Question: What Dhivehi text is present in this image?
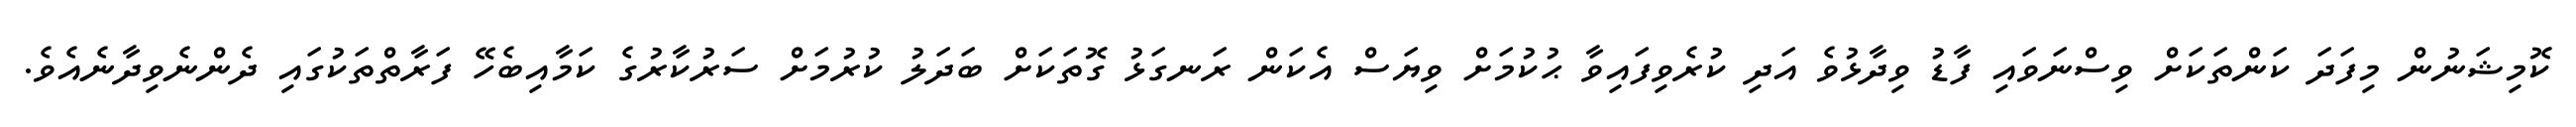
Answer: ކޮމިޝަނުން މިފަދަ ކަންތަކަށް ވިސްނަވައި ފާޑު ވިދާޅުވެ އަދި ކުރެވިފައިވާ ޙުކުމަށް ވިޔަސް އެކަން ރަނގަޅު ގޮތަކަށް ބަދަލު ކުރުމަށް ސަރުކާރުގެ ކަމާއިބެހޭ ފަރާތްތަކުގައި ދެންނެވިދާނެއެވެ.